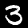
Label: 3